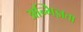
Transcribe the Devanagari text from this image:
अन्भिज्ञता